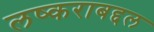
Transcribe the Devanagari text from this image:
लष्कराबद्दल